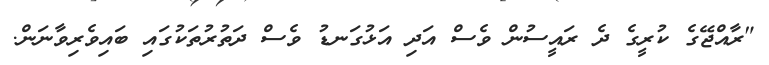
"ރާއްޖޭގެ ކުރީގެ ދެ ރައީސުން ވެސް އަދި އަޅުގަނޑު ވެސް ދަތުރުތަކުގައި ބައިވެރިވާނަން.